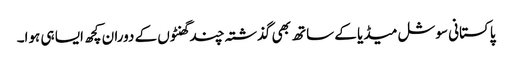
پاکستانی سوشل میڈیا کے ساتھ بھی گذشتہ چند گھنٹوں کے دوران کچھ ایسا ہی ہوا۔